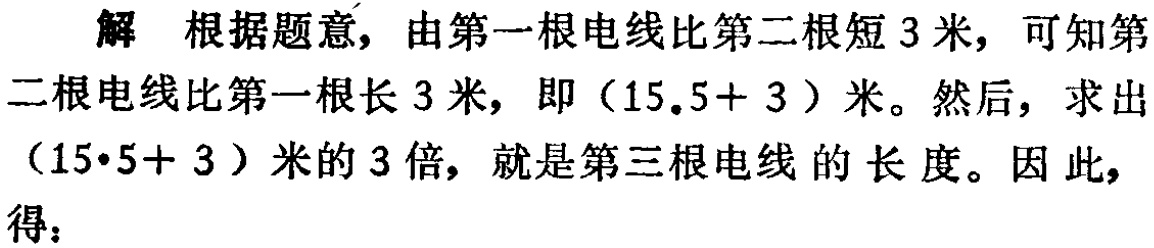
解 根据题意，由第一根电线比第二根短 3 米，可知第二根电线比第一根长 3 米，即（$15.5 + 3$）米。然后，求出（$15.5+ 3$）米的 3 倍，就是第三根电线的长度。因此，得：